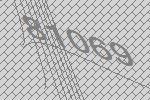
81069